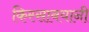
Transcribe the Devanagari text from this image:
किस्साबयानी